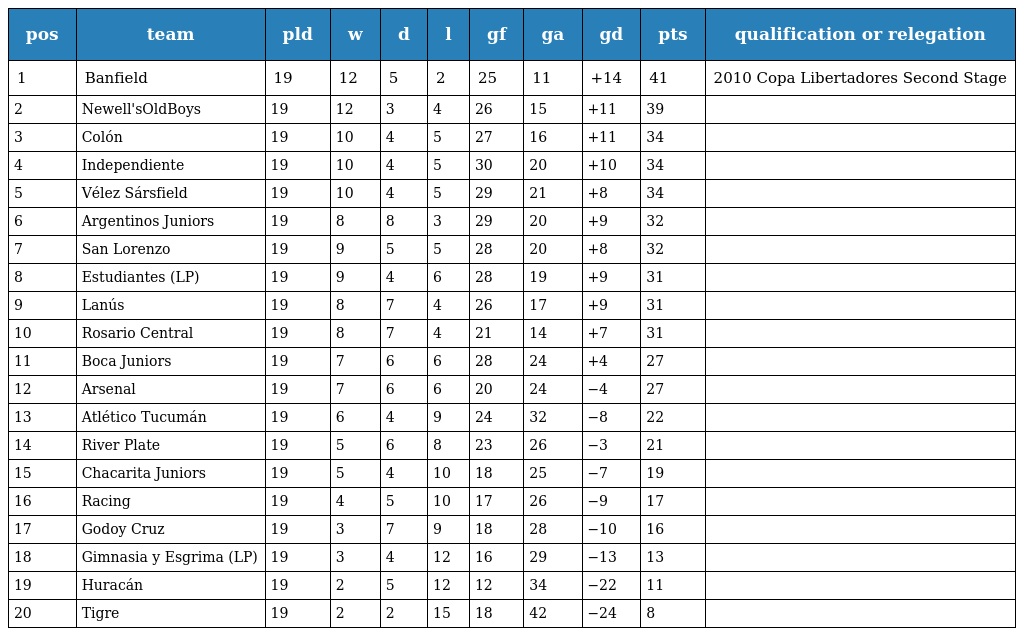
| pos | team | pld | w | d | l | gf | ga | gd | pts | qualification or relegation |
 | --- | --- | --- | --- | --- | --- | --- | --- | --- | --- | --- |
 | 1 | Banfield | 19 | 12 | 5 | 2 | 25 | 11 | +14 | 41 | 2010 Copa Libertadores Second Stage |
 | 2 | Newell'sOldBoys | 19 | 12 | 3 | 4 | 26 | 15 | +11 | 39 |  |
 | 3 | Colón | 19 | 10 | 4 | 5 | 27 | 16 | +11 | 34 |  |
 | 4 | Independiente | 19 | 10 | 4 | 5 | 30 | 20 | +10 | 34 |  |
 | 5 | Vélez Sársfield | 19 | 10 | 4 | 5 | 29 | 21 | +8 | 34 |  |
 | 6 | Argentinos Juniors | 19 | 8 | 8 | 3 | 29 | 20 | +9 | 32 |  |
 | 7 | San Lorenzo | 19 | 9 | 5 | 5 | 28 | 20 | +8 | 32 |  |
 | 8 | Estudiantes (LP) | 19 | 9 | 4 | 6 | 28 | 19 | +9 | 31 |  |
 | 9 | Lanús | 19 | 8 | 7 | 4 | 26 | 17 | +9 | 31 |  |
 | 10 | Rosario Central | 19 | 8 | 7 | 4 | 21 | 14 | +7 | 31 |  |
 | 11 | Boca Juniors | 19 | 7 | 6 | 6 | 28 | 24 | +4 | 27 |  |
 | 12 | Arsenal | 19 | 7 | 6 | 6 | 20 | 24 | −4 | 27 |  |
 | 13 | Atlético Tucumán | 19 | 6 | 4 | 9 | 24 | 32 | −8 | 22 |  |
 | 14 | River Plate | 19 | 5 | 6 | 8 | 23 | 26 | −3 | 21 |  |
 | 15 | Chacarita Juniors | 19 | 5 | 4 | 10 | 18 | 25 | −7 | 19 |  |
 | 16 | Racing | 19 | 4 | 5 | 10 | 17 | 26 | −9 | 17 |  |
 | 17 | Godoy Cruz | 19 | 3 | 7 | 9 | 18 | 28 | −10 | 16 |  |
 | 18 | Gimnasia y Esgrima (LP) | 19 | 3 | 4 | 12 | 16 | 29 | −13 | 13 |  |
 | 19 | Huracán | 19 | 2 | 5 | 12 | 12 | 34 | −22 | 11 |  |
 | 20 | Tigre | 19 | 2 | 2 | 15 | 18 | 42 | −24 | 8 |  |